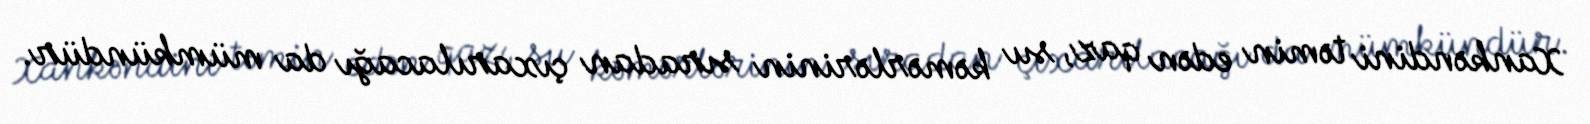
Xankəndini təmin edən qaz, su kəmərlərinin sıradan çıxarılacağı da mümkündür.